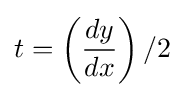
t=\left({\frac {dy}{dx}}\right)/2